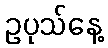
ဥပုသ်နေ့